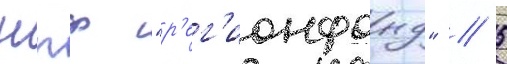
нпф "р'ег'ионфонд" // 5